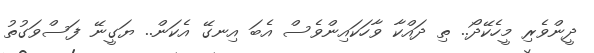
ދީންވެރި މީހެކޭދޯ.. ތި ދައްކާ ވާހަކައިންވެސް އެބަ އިނގޭ އެކަން.. ޔަގީނޭ ފަސްވަގުތު